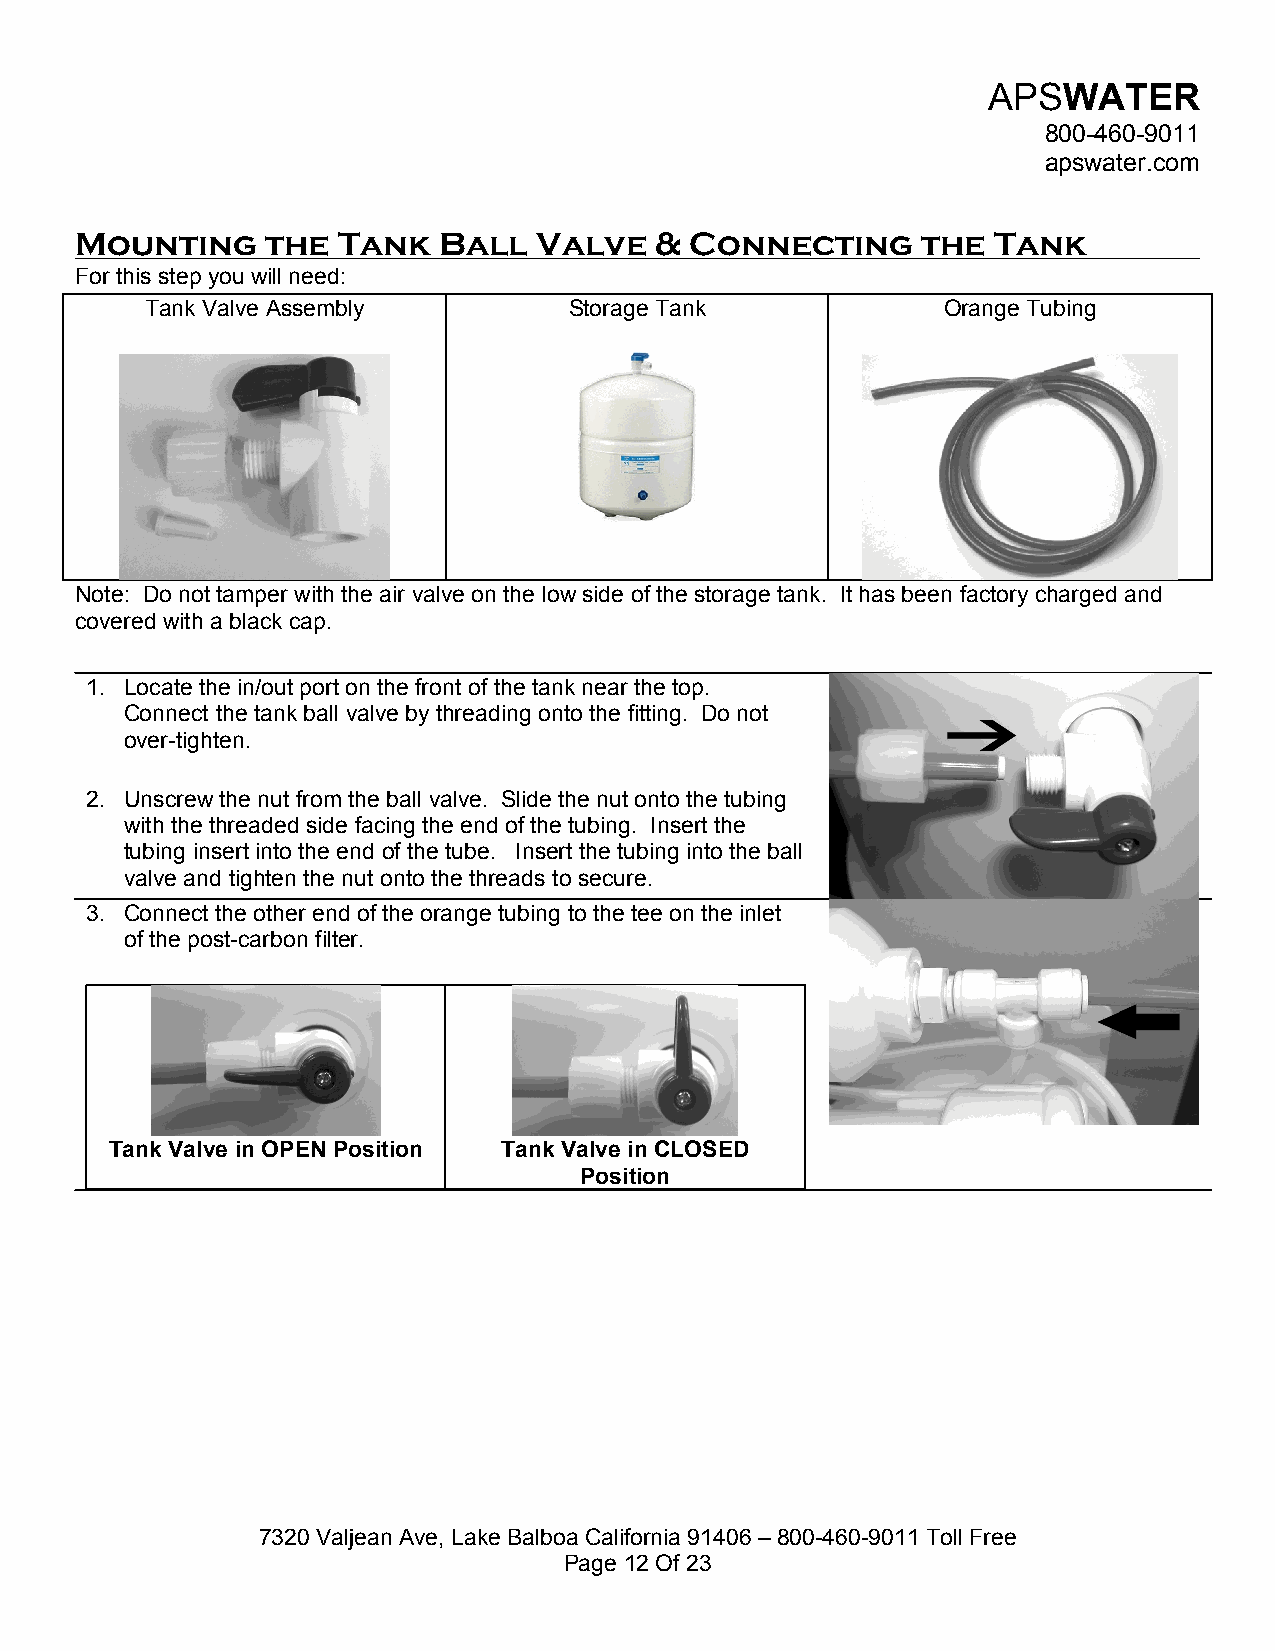
APSWATER
 800-460-9011
 apswater.com
 Mounting     the Tank   Ball  Valve   &  Connecting     the  Tank
 For this step you will need:
 Tank Valve Assembly         Storage Tank            Orange Tubing
 Note: Do not tamper with the air valve on the low side of the storage tank. It has been factory charged and
 covered with a black cap.
 1. Locate the in/out port on the front of the tank near the top.
 Connect the tank ball valve by threading onto the fitting. Do not
 over-tighten.
 2. Unscrew the nut from the ball valve. Slide the nut onto the tubing
 with the threaded side facing the end of the tubing. Insert the
 tubing insert into the end of the tube. Insert the tubing into the ball
 valve and tighten the nut onto the threads to secure.
 3. Connect the other end of the orange tubing to the tee on the inlet
 of the post-carbon filter.
 Tank Valve in OPEN Position Tank Valve in CLOSED
 Position
 7320 Valjean Ave, Lake Balboa California 91406 – 800-460-9011 Toll Free
 Page 12 Of 23